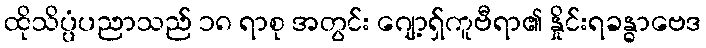
ထိုသိပ္ပံပညာသည် ၁၈ ရာစု အတွင်း ဂျော့ရှ်ကူဗီရာ၏ နှိုင်းရခန္ဓာဗေဒ